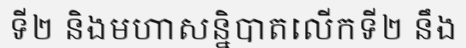
ទី២ និងមហាសន្និបាតលើកទី២ នឹង